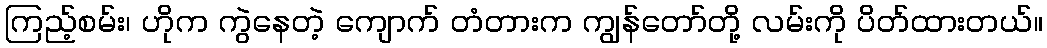
ကြည့်စမ်း၊ ဟိုက ကွဲနေတဲ့ ကျောက် တံတားက ကျွန်တော်တို့ လမ်းကို ပိတ်ထားတယ်။